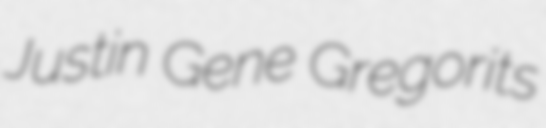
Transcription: Justin Gene Gregorits